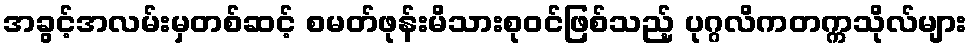
အခွင့်အလမ်းမှတစ်ဆင့် စမတ်ဖုန်းမိသားစုဝင်ဖြစ်သည့် ပုဂ္ဂလိကတက္ကသိုလ်များ